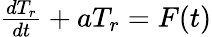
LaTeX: \begin{array}{r}{\frac{dT_{r}}{dt}+aT_{r}=F(t)}\end{array}